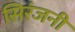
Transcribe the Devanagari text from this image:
सिरंजनी